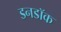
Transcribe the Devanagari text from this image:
डनडॉक